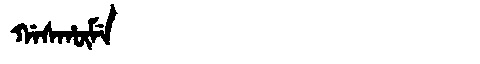
Manchu: ᡤᠠᠰᡥᡡᠮᡝ
Romanization: GASHŪME